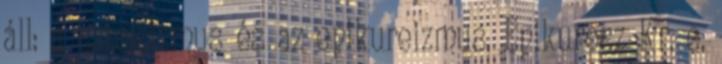
áll: a sztoicizmus és az epikureizmus, Epikurosz Kr. e.